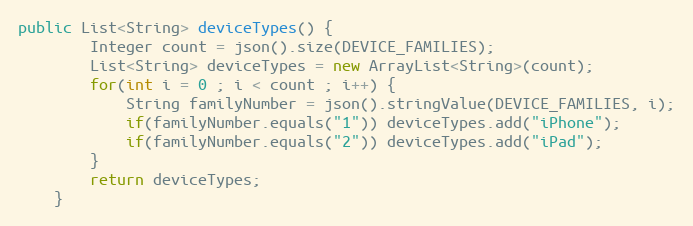
Language: Java
public List<String> deviceTypes() {
        Integer count = json().size(DEVICE_FAMILIES);
        List<String> deviceTypes = new ArrayList<String>(count);
        for(int i = 0 ; i < count ; i++) {
            String familyNumber = json().stringValue(DEVICE_FAMILIES, i);
            if(familyNumber.equals("1")) deviceTypes.add("iPhone");
            if(familyNumber.equals("2")) deviceTypes.add("iPad");
        }
        return deviceTypes;
    }